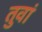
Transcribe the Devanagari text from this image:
तुवां